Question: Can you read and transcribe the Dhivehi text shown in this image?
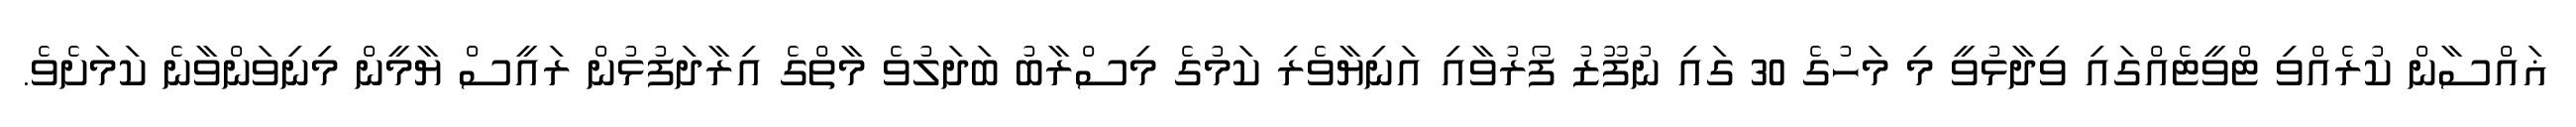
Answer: ޣައްސާން ކުރެއްވި ޓްވީޓެއްގައި ވިދާޅުވީ މި މަހުގެ 30 ގައި ނުފޫޒު ފޯރުވާއި އަނިޔާވެރި ކަމުގެ މިސްރާބު ބަދަލުވެ މާތްގެ އިރާދަފުޅުން ރައީސް ޔާމީން މިނިވަންވާނެ ކަމަށެވެ.